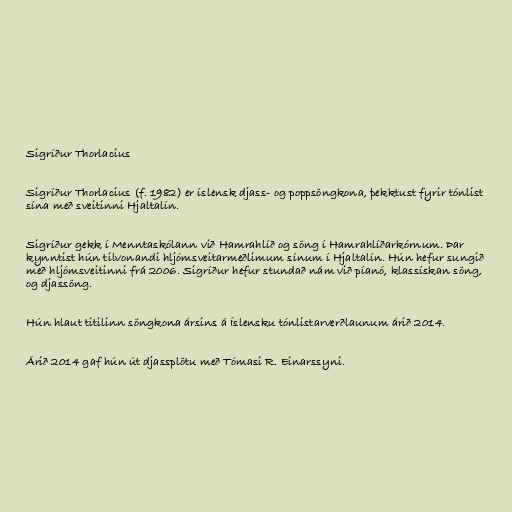
Sigríður Thorlacius

Sigríður Thorlacius (f. 1982) er íslensk djass- og poppsöngkona, þekktust fyrir tónlist
sína með sveitinni Hjaltalín.

Sigríður gekk í Menntaskólann við Hamrahlíð og söng í Hamrahlíðarkórnum. Þar
kynntist hún tilvonandi hljómsveitarmeðlimum sínum í Hjaltalín. Hún hefur sungið
með hljómsveitinni frá 2006. Sigríður hefur stundað nám við píanó, klassískan söng,
og djassöng.

Hún hlaut titilinn söngkona ársins á Íslensku tónlistarverðlaunum árið 2014.

Árið 2014 gaf hún út djassplötu með Tómasi R. Einarssyni.